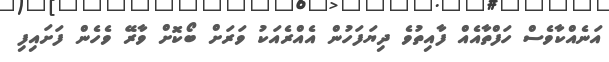
އަނެއްކާވެސް ހަފްތާއެއް ފާއިތުވެ ދިޔަފަހުން އެއްރެއަކު ވަރަށް ބޯކޮށް ވާރޭ ވެހެން ފަށައިފި